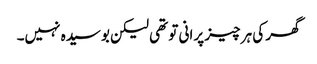
گھر کی ہر چیز پرانی تو تھی لیکن بوسیدہ نہیں۔